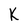
Character: K